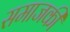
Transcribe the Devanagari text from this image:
समाजकी